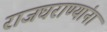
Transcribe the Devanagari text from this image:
राजघराण्यांना